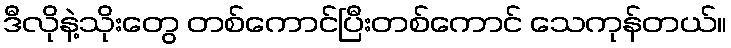
ဒီလိုနဲ့သိုးတွေ တစ်ကောင်ပြီးတစ်ကောင် သေကုန်တယ်။